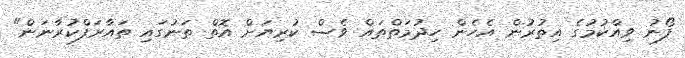
ފޯނު ވިއްކުމުގެ އިތުރުން އެހެން ހިދުމަތްތައް ވެސް ކުރިޔަށް އޮތް ތަނުގައި ތައާރަފްކުރާނަން"